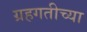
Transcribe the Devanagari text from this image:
ग्रहगतीच्या